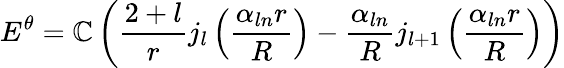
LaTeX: E^{\theta}=\mathbb{C}\left(\frac{{2+l}}{{r}}j_{l}\left(\frac{{\alpha_{ln}r}}{{R}}\right)-\frac{{\alpha_{ln}}}{{R}}j_{l+1}\left(\frac{{\alpha_{ln}r}}{{R}}\right)\right)